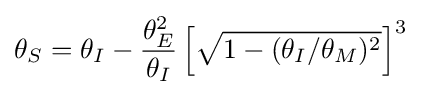
\theta _{S}=\theta _{I}-{\frac {\theta _{E}^{2}}{\theta _{I}}}\left[{\sqrt {1-(\theta _{I}/\theta _{M})^{2}}}\right]^{3}